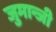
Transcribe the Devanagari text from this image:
जुमान्जी